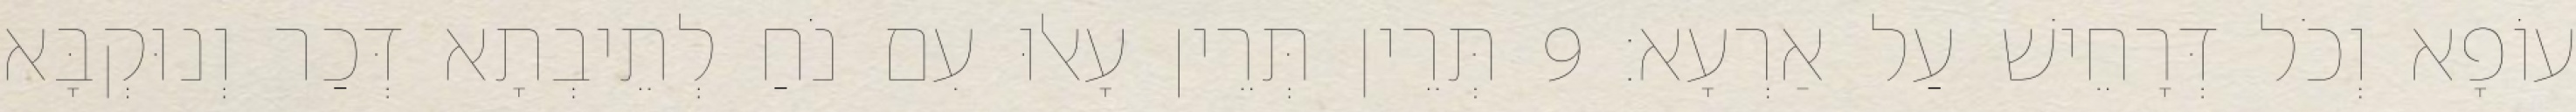
עוֹפָא וְכֹל דְּרָחֵישׁ עַל אַרְעָא׃ 9 תְּרֵין תְּרֵין עָאלוּ עִם נֹחַ לְתֵיבְתָא דְּכַר וְנוּקְבָּא